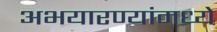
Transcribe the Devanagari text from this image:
अभयारण्यांमध्ये